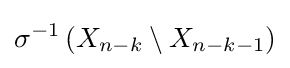
\sigma ^{-1}\left(X_{n-k}\setminus X_{n-k-1}\right)